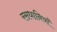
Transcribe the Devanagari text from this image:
रसधानियाँ